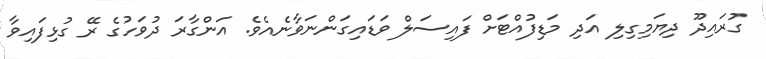
ގުރައިދޫ ދިޔަމިގިލި އަދި މަޑިފުއްޓަށް ފައިސަލް ވަޑައިގަންނަވާނެއެވެ. އަންގާރަ ދުވަހުގެ ރޭ ގުޅިފައިވާ